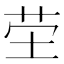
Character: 茔